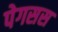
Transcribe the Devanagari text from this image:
पेगसस